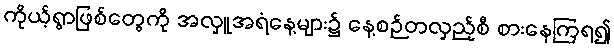
ကိုယ့်ရွာဖြစ်တွေကို အလှူအရံနေ့များ၌ နေ့စဉ်တလှည့်စီ စားနေကြရ၍